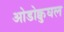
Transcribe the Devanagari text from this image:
ओडोक्वुघल